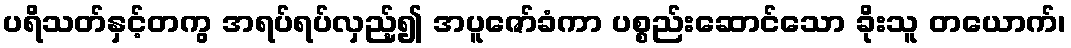
ပရိသတ်နှင့်တကွ အရပ်ရပ်လှည့်၍ အပူဇော်ခံကာ ပစ္စည်းဆောင်သော ခိုးသူ တယောက်၊